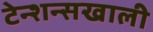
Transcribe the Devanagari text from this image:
टेन्शन्सखाली